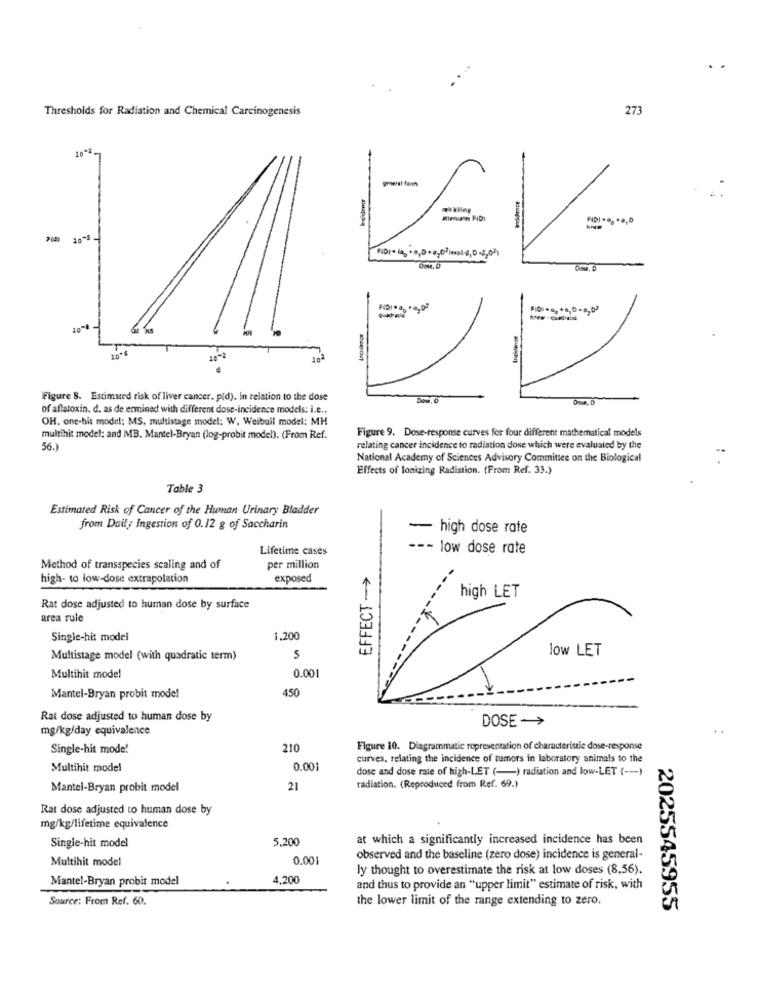
.
Thresholds for Radiation and Chemical Carcinogenesis
273
berner
NDI ... .., D
16-5-
Figure 8. Estimated risk of liver cancer. pld). in relation to the dose
Dow, 0
of aflatoxin. d. as de enmined with different dose-incidence models: I.e ..
OH, one-hit model; MS, multistage model: W. Weibull model: MH
Figure 9. Dose-response curves for four different mathematical models
multihit model; and MB. Mantel-Bryan (log-probit model). (From Ref.
56.)
relating cancer incidence to radiation dose which were evaluated by the
National Academy of Sciences Advisory Committee on the Biological
Effects of Ionizing Radiation. (From Ref. 33.)
Table 3
Estimated Risk of Cancer of the Human Urinary Bladder
from Daily Ingestion of 0.12 g of Saccharin
- high dose rate
Lifetime cases
--- low dose rate
Method of transspecies scaling and of
per million
EFFECT ->
high- to low-dose extrapolation
exposed
high LET
Rat dose adjusted to human dose by surface
area rule
Single-hit model
1.200
low LET
Multistage model (with quadratic term)
5
0.001
Multihit model
450
Mantel-Bryan probit model
Rat dose adjusted to human dose by
DOSE ->
mg/kg/day equivalence
..
Single-hit mode!
210
Figure 10. Diagrammatic representation of characteristic dose-response
curves, relating the incidence of tumors in laboratory animals to the
Multihit model
0.001
dose and dose rate of high-LET (-) radiation and low-LET ( --- )
Mantel-Bryan probit model
21
radiation. (Reproduced from Ref. 69.)
Rat dose adjusted to human dose by
mg/kg/lifetime equivalence
5.200
at which a significantly increased incidence has been
Single-hit model
Multihit model
0.001
observed and the baseline (zero dose) incidence is general-
ly thought to overestimate the risk at low doses (8,56).
Mantel-Bryan probit model
4,200
and thus to provide an "upper limit" estimate of risk, with
Source: From Ref. 60.
the lower limit of the range extending to zero.
2025545955